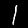
Label: 1